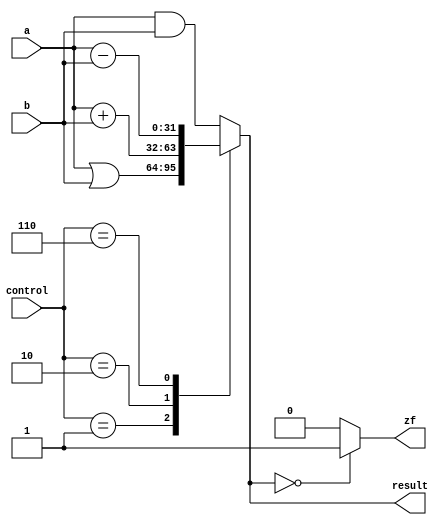
module alu (
  input wire [31:0] a, b,
  input wire [2:0] control,
  output reg [31:0] result,
  output reg zf
);
  always @(*) begin
    case (control)
      3'b000 : result <= a & b;
      3'b001 : result <= a | b;
      3'b010 : result <= a + b;
      3'b110 : result <= a - b;
      default: result <= a & b;
    endcase
    zf <= result == 0 ? 1:0; 
  end
endmodule